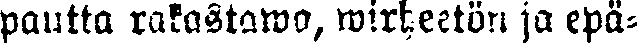
pautta rakastawa, wirheetön ja epä-